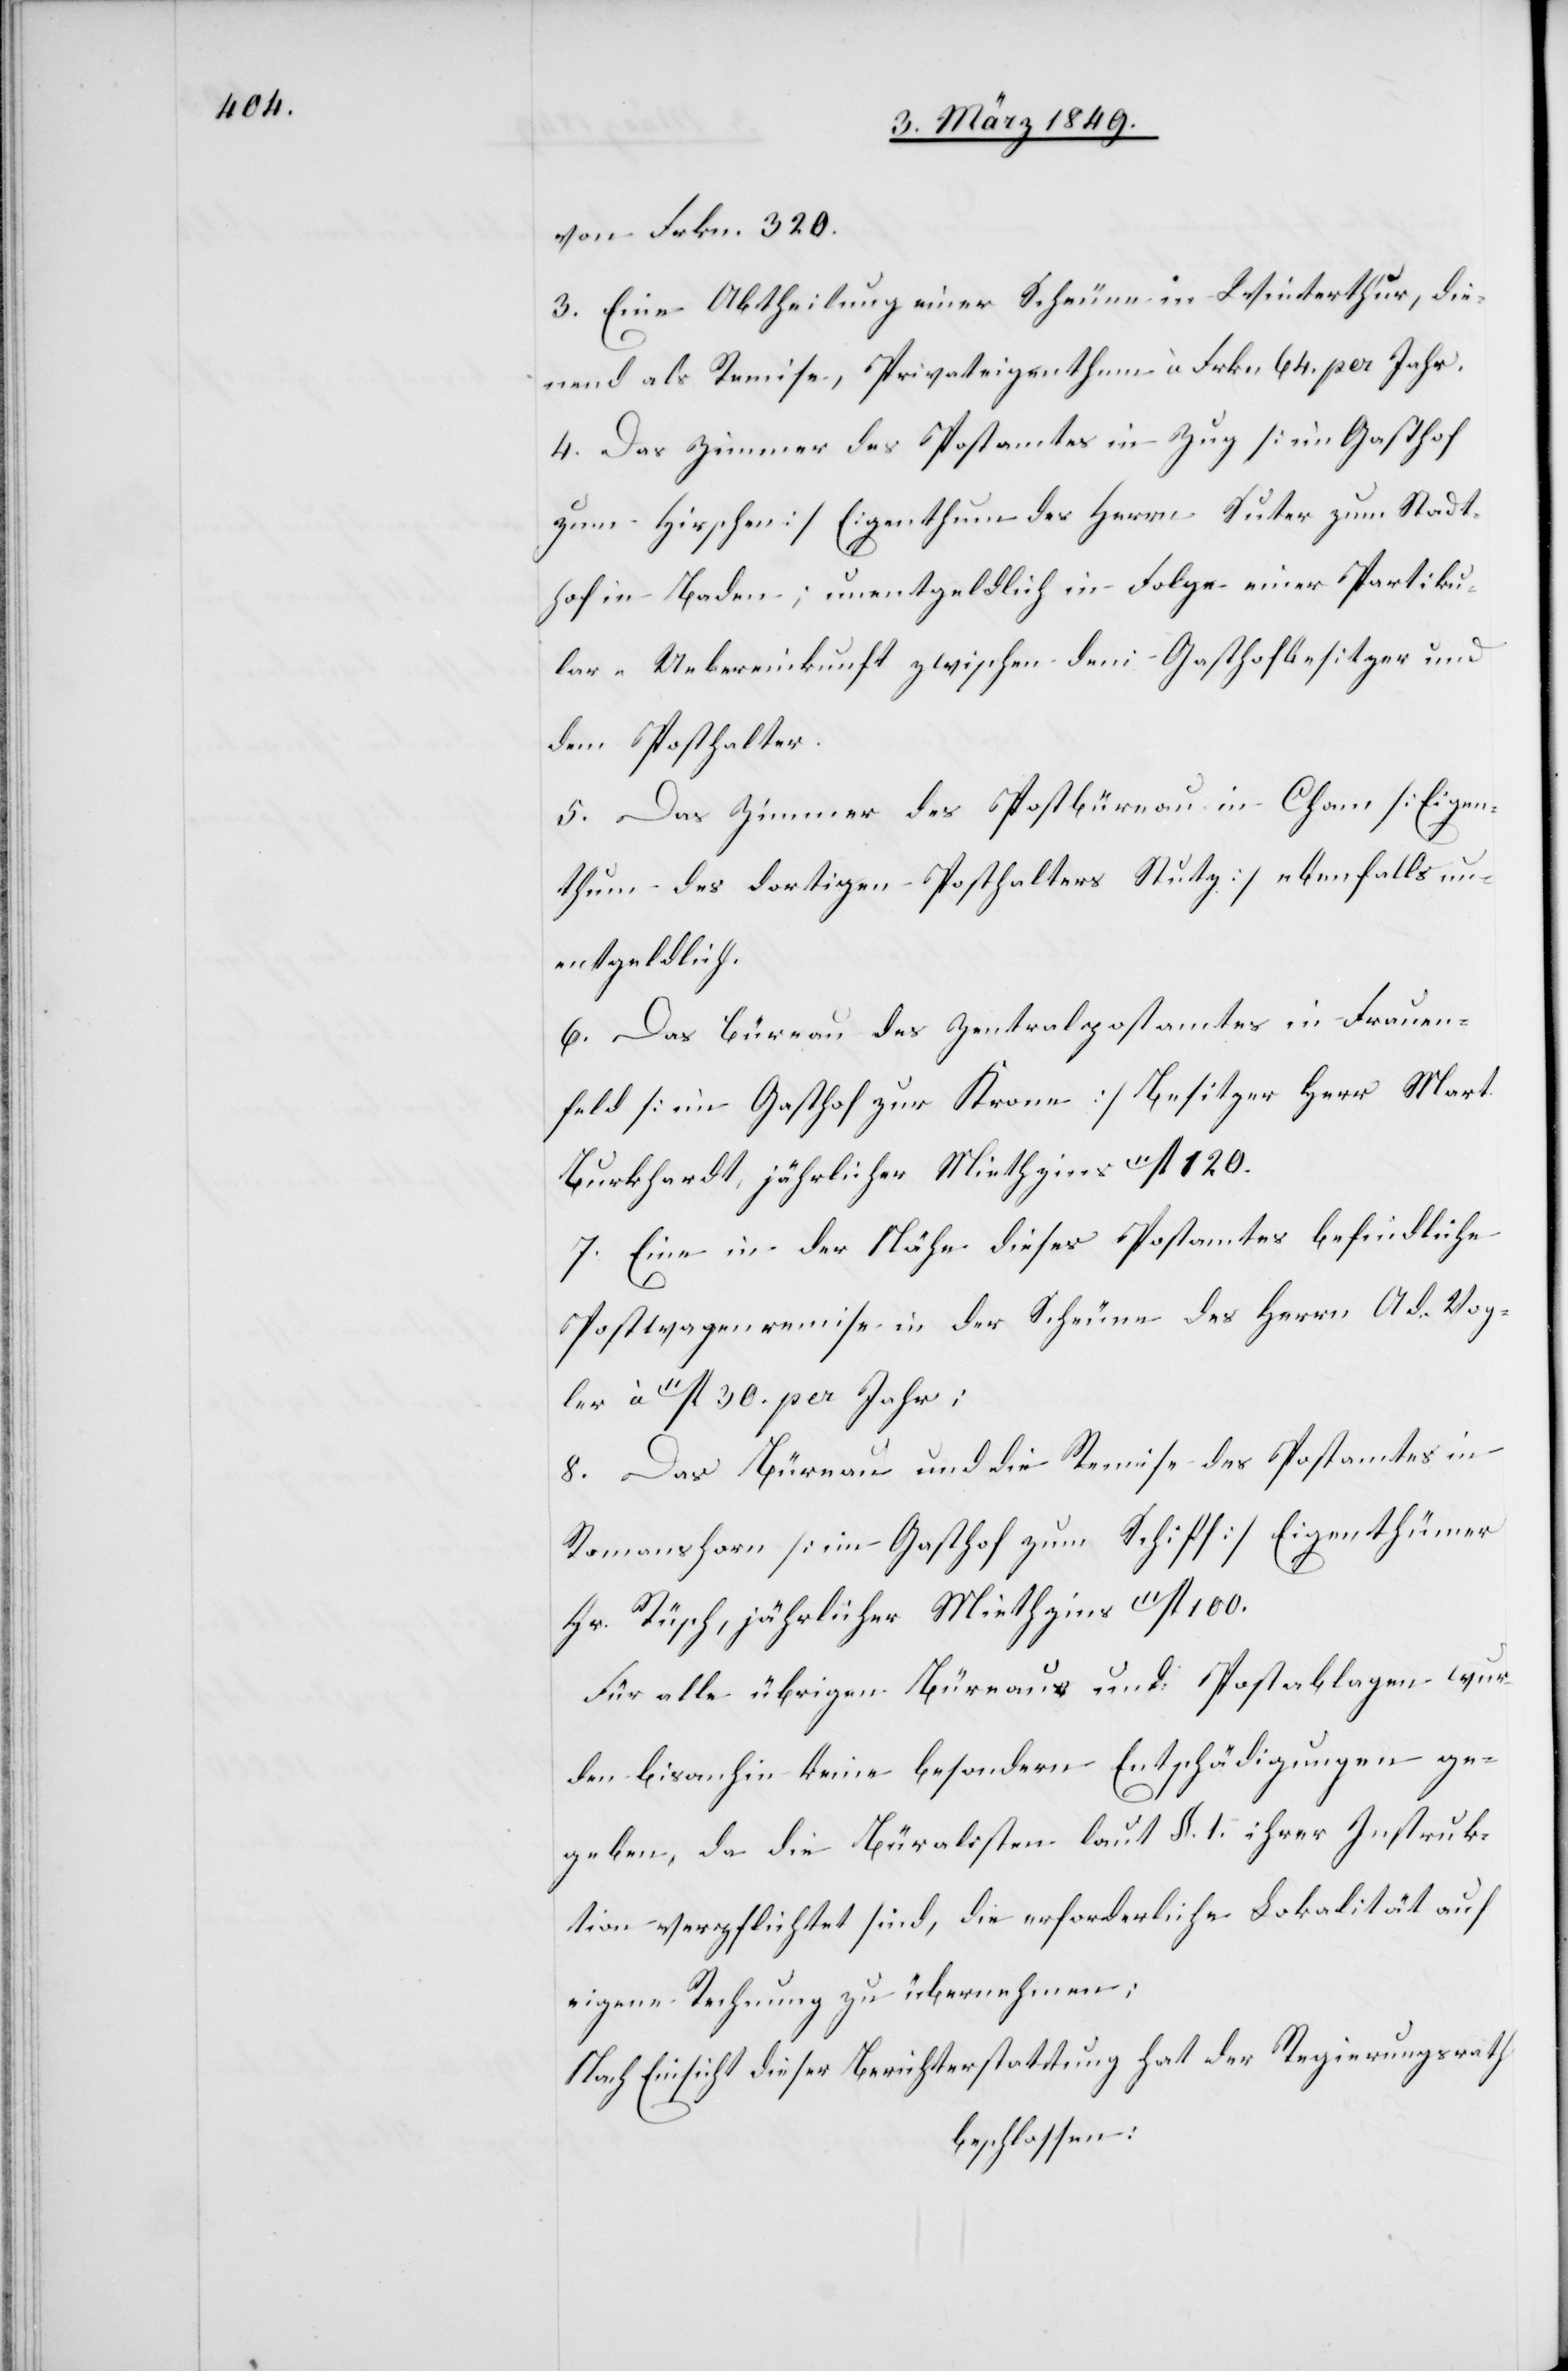
von Frkn. 320.
3. Eine Abtheilung einer Scheune in Winterthur, die¬
nend als Remise, Privateigenthum à Frkn 64. per Jahr.
4. Das Zimmer des Postamtes in Zug [im Gasthof
zum Hirschen] Eigenthum des Herrn Suter zum Stadt¬
hof in Baden; unentgeldlich in Folge einer Partiku¬
lar-Uebereinkunft zwischen dem Gasthofbesitzer und
dem Posthalter.
5. Das Zimmer des Postbüreau in Cham [Eigen¬
thum des dortigen Posthalters Stutz] ebenfalls un¬
entgeldlich.
6. Das Büreau des Zentralpostamtes in Frauen¬
feld [im Gasthof zur Krone] Besitzer Herr Mart.
Burkhardt, jährlicher Miethzins 11fl. 120.
7. Eine in der Nähe dieses Postamtes befindliche
Postwagenremise in der Scheune des Herrn Ad. Vog¬
ler à 11fl. 30. per Jahr;
8. Das Büreau und die Remise des Postamtes in
Romanhorn [im Gasthof zum Schiff] Eigenthümer
Hr. Rüsch, jährlicher Miethzins 11fl. 100.
Für alle übrigen Büreaus und Postablagen wur¬
den bis anhin keine besondern Entschädigungen ge¬
geben, da die Büralisten laut §. 1. ihrer Instruk¬
tion verpflichtet sind, die erforderliche Lokalität auf
eigene Rechnung zu übernehmen.
Nach Einsicht dieser Berichterstattung hat der Regierungsrath
beschlossen: